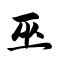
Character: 巫